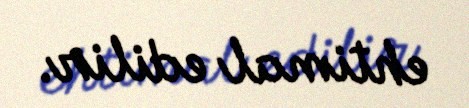
ehtimal edilir.